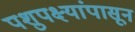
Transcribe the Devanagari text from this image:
पशुपक्ष्यांपासून